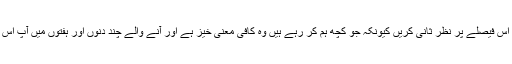
ہم چاہتے ہیں کہ آپ اس فیصلے پر نظر ثانی کریں کیونکہ جو کچھ ہم کر رہے ہیں وہ کافی معنی خیز ہے اور آنے والے چند دنوں اور ہفتوں میں آپ اس کا اثر دیکھ لیں گے۔